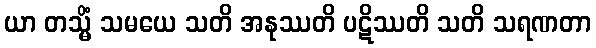
ယာ တသ္မိံ သမယေ သတိ အနုဿတိ ပဋိဿတိ သတိ သရဏတာ